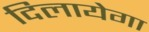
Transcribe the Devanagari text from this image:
दिलायेगा